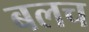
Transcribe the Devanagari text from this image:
बलच